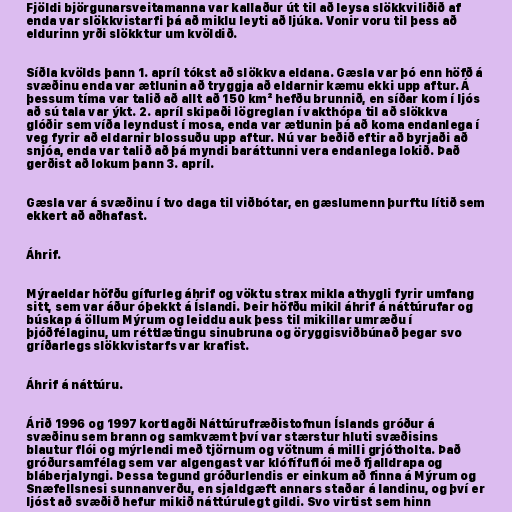
Fjöldi björgunarsveitamanna var kallaður út til að leysa slökkviliðið af
enda var slökkvistarfi þá að miklu leyti að ljúka. Vonir voru til þess að
eldurinn yrði slökktur um kvöldið.

Síðla kvölds þann 1. apríl tókst að slökkva eldana. Gæsla var þó enn höfð á
svæðinu enda var ætlunin að tryggja að eldarnir kæmu ekki upp aftur. Á
þessum tíma var talið að allt að 150 km² hefðu brunnið, en síðar kom í ljós
að sú tala var ýkt. 2. apríl skipaði lögreglan í vakthópa til að slökkva
glóðir sem víða leyndust í mosa, enda var ætlunin þá að koma endanlega í
veg fyrir að eldarnir blossuðu upp aftur. Nú var beðið eftir að byrjaði að
snjóa, enda var talið að þá myndi baráttunni vera endanlega lokið. Það
gerðist að lokum þann 3. apríl.

Gæsla var á svæðinu í tvo daga til viðbótar, en gæslumenn þurftu lítið sem
ekkert að aðhafast.

Áhrif.

Mýraeldar höfðu gífurleg áhrif og vöktu strax mikla athygli fyrir umfang
sitt, sem var áður óþekkt á Íslandi. Þeir höfðu mikil áhrif á náttúrufar og
búskap á öllum Mýrum og leiddu auk þess til mikillar umræðu í
þjóðfélaginu, um réttlætingu sinubruna og öryggisviðbúnað þegar svo
gríðarlegs slökkvistarfs var krafist.

Áhrif á náttúru.

Árið 1996 og 1997 kortlagði Náttúrufræðistofnun Íslands gróður á
svæðinu sem brann og samkvæmt því var stærstur hluti svæðisins
blautur flói og mýrlendi með tjörnum og vötnum á milli grjótholta. Það
gróðursamfélag sem var algengast var klófífuflói með fjalldrapa og
bláberjalyngi. Þessa tegund gróðurlendis er einkum að finna á Mýrum og
Snæfellsnesi sunnanverðu, en sjaldgæft annars staðar á landinu, og því er
ljóst að svæðið hefur mikið náttúrulegt gildi. Svo virtist sem hinn